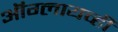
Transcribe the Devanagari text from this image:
ऑग्लायव्ही